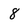
Character: 8